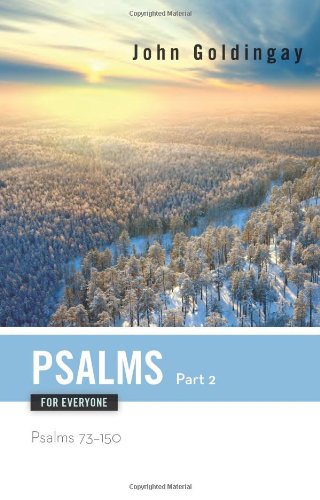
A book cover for Psalms for Everyone, Part 2: Psalms 73-150 (The Old Testament for Everyone); John Goldingay; Christian Books & Bibles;